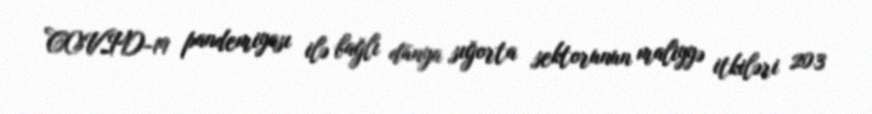
COVID-19 pandemiyası ilə bağlı dünya sığorta sektorunun maliyyə itkiləri 203